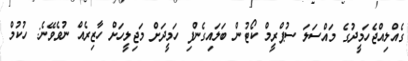
ގެއްލިއްޖެހަމީދުގެ މައްސަލަ ސުޕްރީމް ކޯޓުން ބަލައިގެންފި ހަމީދަށް މަޖިލީހަށް ހާޒިރެއް ނުވެވޭނެ: ހުކުމް